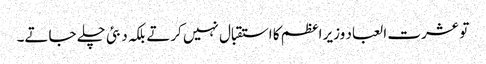
تو عشرت العباد وزیر اعظم کا استقبال نہیں کرتے بلکہ دبئی چلے جاتے۔